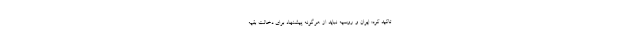
تاکید کرد: ایران و روسیه نباید از هرگونه پیشنهاد برای دخالت بقیه